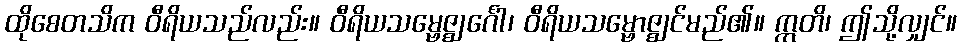
ထိုစေတသိက ဝီရိယသည်လည်း။ ဝီရိယသမ္ဗေဇ္ဈင်္ဂေါ၊ ဝီရိယသမ္ဗောဇ္ဈင်မည်၏။ ဣတိ၊ ဤသို့လျှင်။